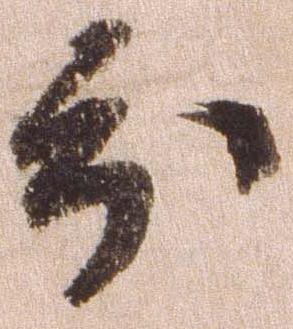
分